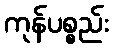
ကုန်ပစ္စည်း